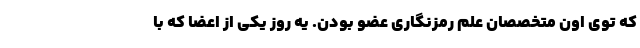
که توی اون متخصصان علم رمزنگاری عضو بودن. یه روز یکی از اعضا که با